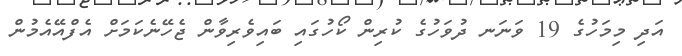
އަދި މިމަހުގެ 19 ވަނަނ ދުވަހުގެ ކުރިން ކޯހުގައި ބައިވެރިވާން ޖެހޭނެކަމަށް އެފްއޭއެމުން